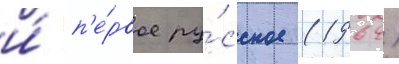
и́ п'е́рвое ру́сское (1964)